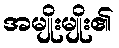
အမျိုးမျိုး၏